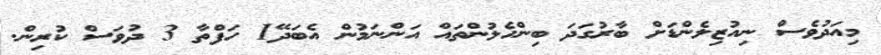
މިއަދުވެސް ނިއުޒިލެންޑަށް ބާރުގަދަ ބިންހެލުންތައް އަންނަމުން އެބަދޭ1 ހަފްތާ 3 ދުވަސް ކުރިން.